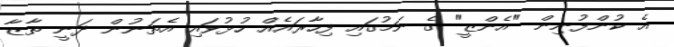
އެ ކުންފުނިން "އެންޒީ" ގެ ނަމުގައި ފިހާރައެއް ހުޅުވައި އެތަނުން ދަނީ ތާޒާ